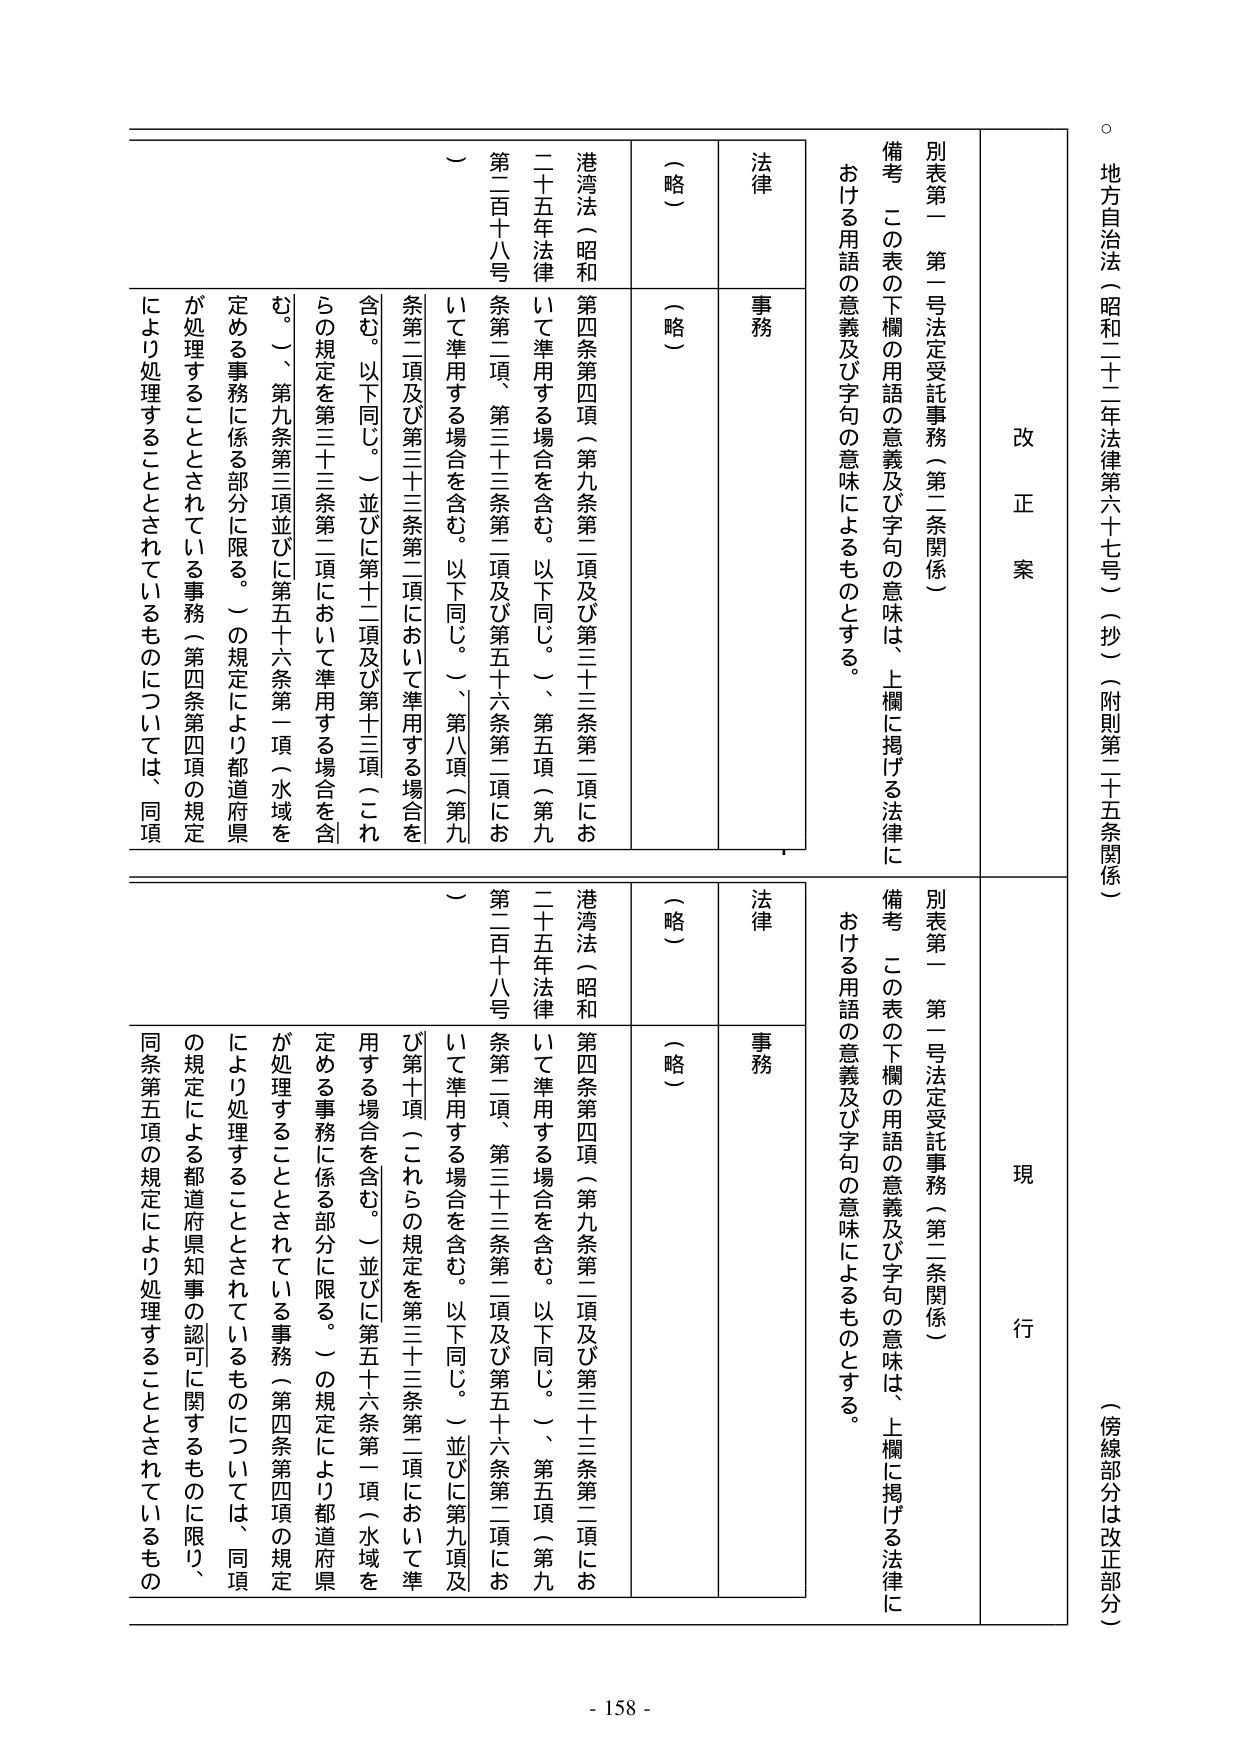
地方自治法（昭和二十二年法律第六十七号）（抄）（附則第二十五条関係）
（傍線部分は改正部分）

改正案

別表第一 第一号法定受託事務（第二条関係）

備考 この表の下欄の用語の意義及び字句の意味は、上欄に掲げる法律における用語の意義及び字句の意味によるものとする。

法律
（略）

事務
（略）

港湾法（昭和二十五年法律第二百十八号）
第四条第四項（第九条第二項及び第三十三条第二項において準用する場合を含む。以下同じ。）、第五項（第九条第二項、第三十三条第二項及び第五十六条第二項において準用する場合を含む。以下同じ。）、第八項（第九条第二項及び第三十三条第二項において準用する場合を含む。以下同じ。）並びに第十二項及び第十三項（これらの規定を第三十三条第二項において準用する場合を含む。）、第九条第三項並びに第五十六条第一項（水域を定める事務に係る部分に限る。）の規定により都道府県が処理することとされている事務（第四条第四項の規定により処理することとされているものについては、同項

現行

別表第一 第一号法定受託事務（第二条関係）

備考 この表の下欄の用語の意義及び字句の意味は、上欄に掲げる法律における用語の意義及び字句の意味によるものとする。

法律
（略）

事務
（略）

港湾法（昭和二十五年法律第二百十八号）
第四条第四項（第九条第二項及び第三十三条第二項において準用する場合を含む。以下同じ。）、第五項（第九条第二項、第三十三条第二項及び第五十六条第二項において準用する場合を含む。以下同じ。）並びに第九項及び第十項（これらの規定を第三十三条第二項において準用する場合を含む。）並びに第五十六条第一項（水域を定める事務に係る部分に限る。）の規定により都道府県が処理することとされている事務（第四条第四項の規定により処理することとされているものについては、同項の規定による都道府県知事の認可に関するものに限り、同条第五項の規定により処理することとされているもの

- 158 -